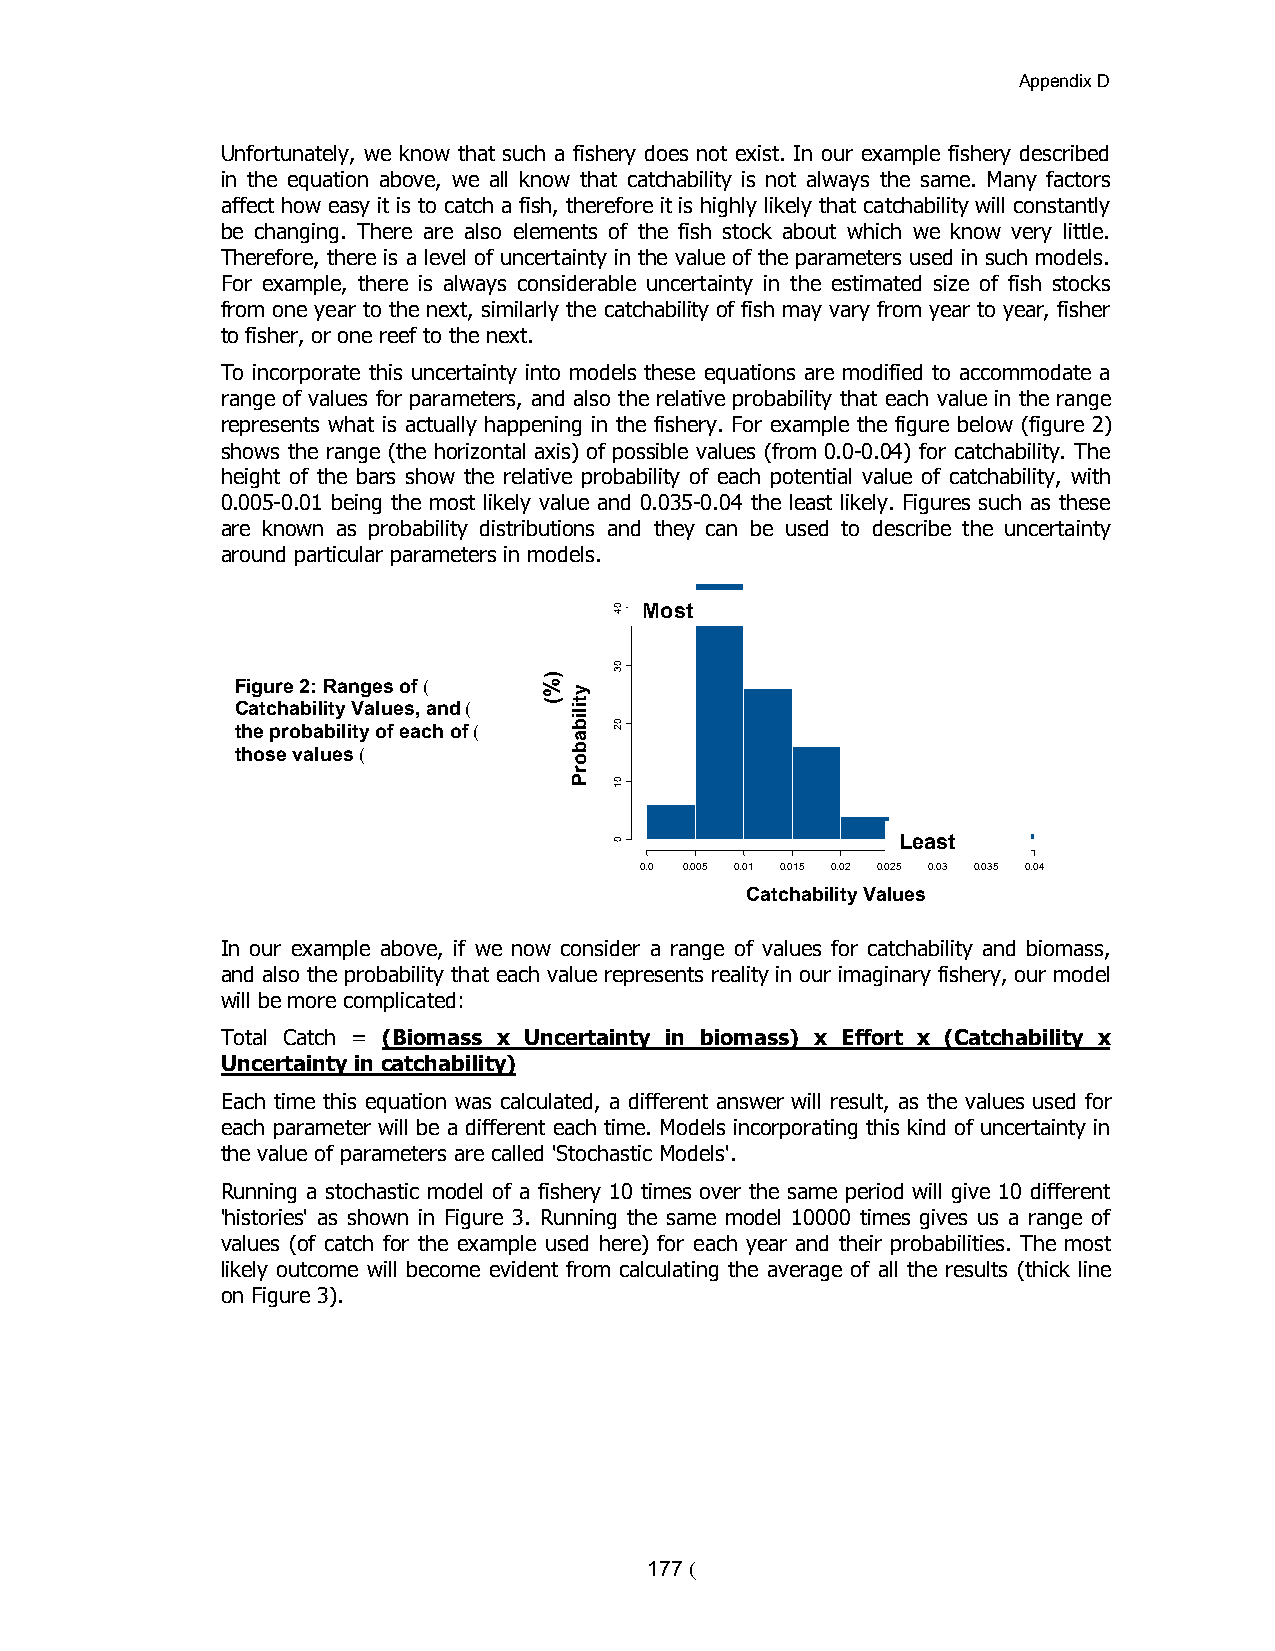
Appendix D
 Unfortunately, we know that such a fishery does not exist. In our example fishery described
 in the equation above, we all know that catchability is not always the same. Many factors
 affect how easy it is to catch a fish, therefore it is highly likely that catchability will constantly
 be changing. There are also elements of the fish stock about which we know very little.
 Therefore, there is a level of uncertainty in the value of the parameters used in such models.
 For example, there is always considerable uncertainty in the estimated size of fish stocks
 from one year to the next, similarly the catchability of fish may vary from year to year, fisher
 to fisher, or one reef to the next.
 To incorporate this uncertainty into models these equations are modified to accommodate a
 range of values for parameters, and also the relative probability that each value in the range
 represents what is actually happening in the fishery. For example the figure below (figure 2)
 shows the range (the horizontal axis) of possible values (from 0.0-0.04) for catchability. The
 height of the bars show the relative probability of each potential value of catchability, with
 0.005-0.01 being the most likely value and 0.035-0.04 the least likely. Figures such as these
 are known as probability distributions and they can be used to describe the uncertainty
 around particular parameters in models.
 Most
 Figure 2: Ranges of (
 Catchability Values, and (
 the probability of each of (
 those values (
 Least
 0.0 0.005 0.01 0.015 0.02 0.025 0.03 0.035 0.04
 Catchability Values
 In our example above, if we now consider a range of values for catchability and biomass,
 and also the probability that each value represents reality in our imaginary fishery, our model
 will be more complicated:
 Total Catch = (Biomass x Uncertainty in biomass) x Effort x (Catchability x
 Uncertainty in catchability)
 Each time this equation was calculated, a different answer will result, as the values used for
 each parameter will be a different each time. Models incorporating this kind of uncertainty in
 the value of parameters are called 'Stochastic Models'.
 Running a stochastic model of a fishery 10 times over the same period will give 10 different
 'histories' as shown in Figure 3. Running the same model 10000 times gives us a range of
 values (of catch for the example used here) for each year and their probabilities. The most
 likely outcome will become evident from calculating the average of all the results (thick line
 on Figure 3).
 177 (
 )%(
 ytilibaborP
 04
 03
 02
 01
 0